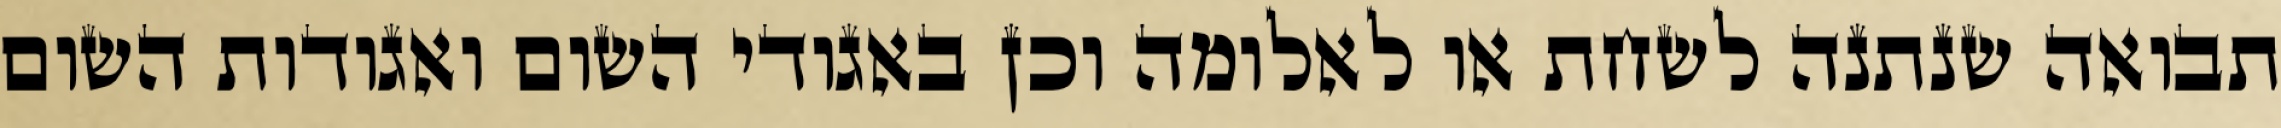
תבואה שנתנה לשחת או לאלומה וכן באגודי השום ואגודות השום